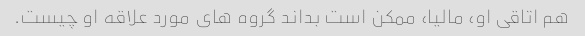
هم اتاقی او، مالیا، ممکن است بداند گروه های مورد علاقه او چیست.